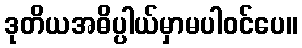
ဒုတိယအဓိပ္ပါယ်မှာမပါဝင်ပေ။